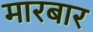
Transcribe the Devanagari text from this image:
मारबार